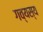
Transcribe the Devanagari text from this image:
गव्यस्य